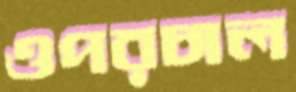
ওপরচাল